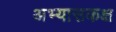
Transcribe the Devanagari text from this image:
अभ्यासकक्ष